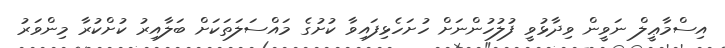
އިސްމާޢީލް ނަވީން ވިދާޅުވީ ފުލުހުންނަށް ހުށަހެޅިފައިވާ ކުށުގެ މައްސަލަތަކަށް ބަލާއިރު ކުށްކުރާ މިންވަރު